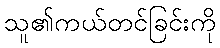
သူ၏ကယ်တင်ခြင်းကို